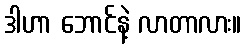
ဒါဟာ ဘောင်နဲ့ လာတာလား။